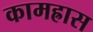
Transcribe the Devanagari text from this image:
कामह्रास